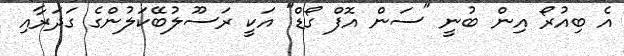
އެ ބިއުރޯ އިން ބުނީ "ސަން އޮފް ގޯޑް" އަކީ ރަސޫލުބޭކަލުންގެ ގަދަރާއި